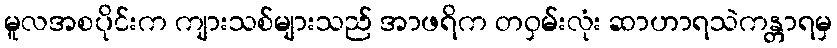
မူလအစပိုင်းက ကျားသစ်များသည် အာဖရိက တဝှမ်းလုံး ဆာဟာရသဲကန္တာရမှ